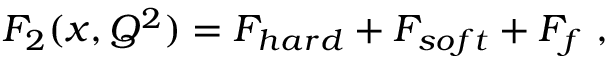
F _ { 2 } ( x , Q ^ { 2 } ) = F _ { h a r d } + F _ { s o f t } + F _ { f } \ ,